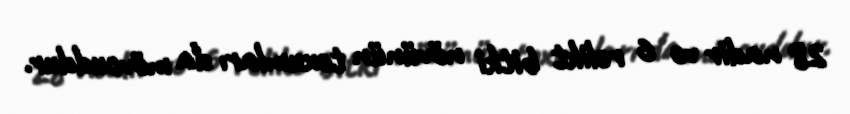
28 nadir və 6 relikt bitki növünün toxumları da mövcuddur.